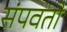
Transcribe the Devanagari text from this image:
संपवतो